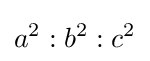
a^{2}:b^{2}:c^{2}